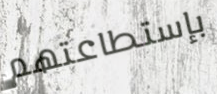
بإستطاعتهم